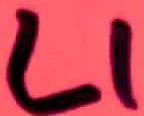
Text: L1